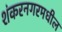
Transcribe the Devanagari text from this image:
शंकरनगरमधील